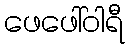
ဖေဖေါ်ဝါရီ